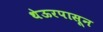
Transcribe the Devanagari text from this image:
थेऊरपासून